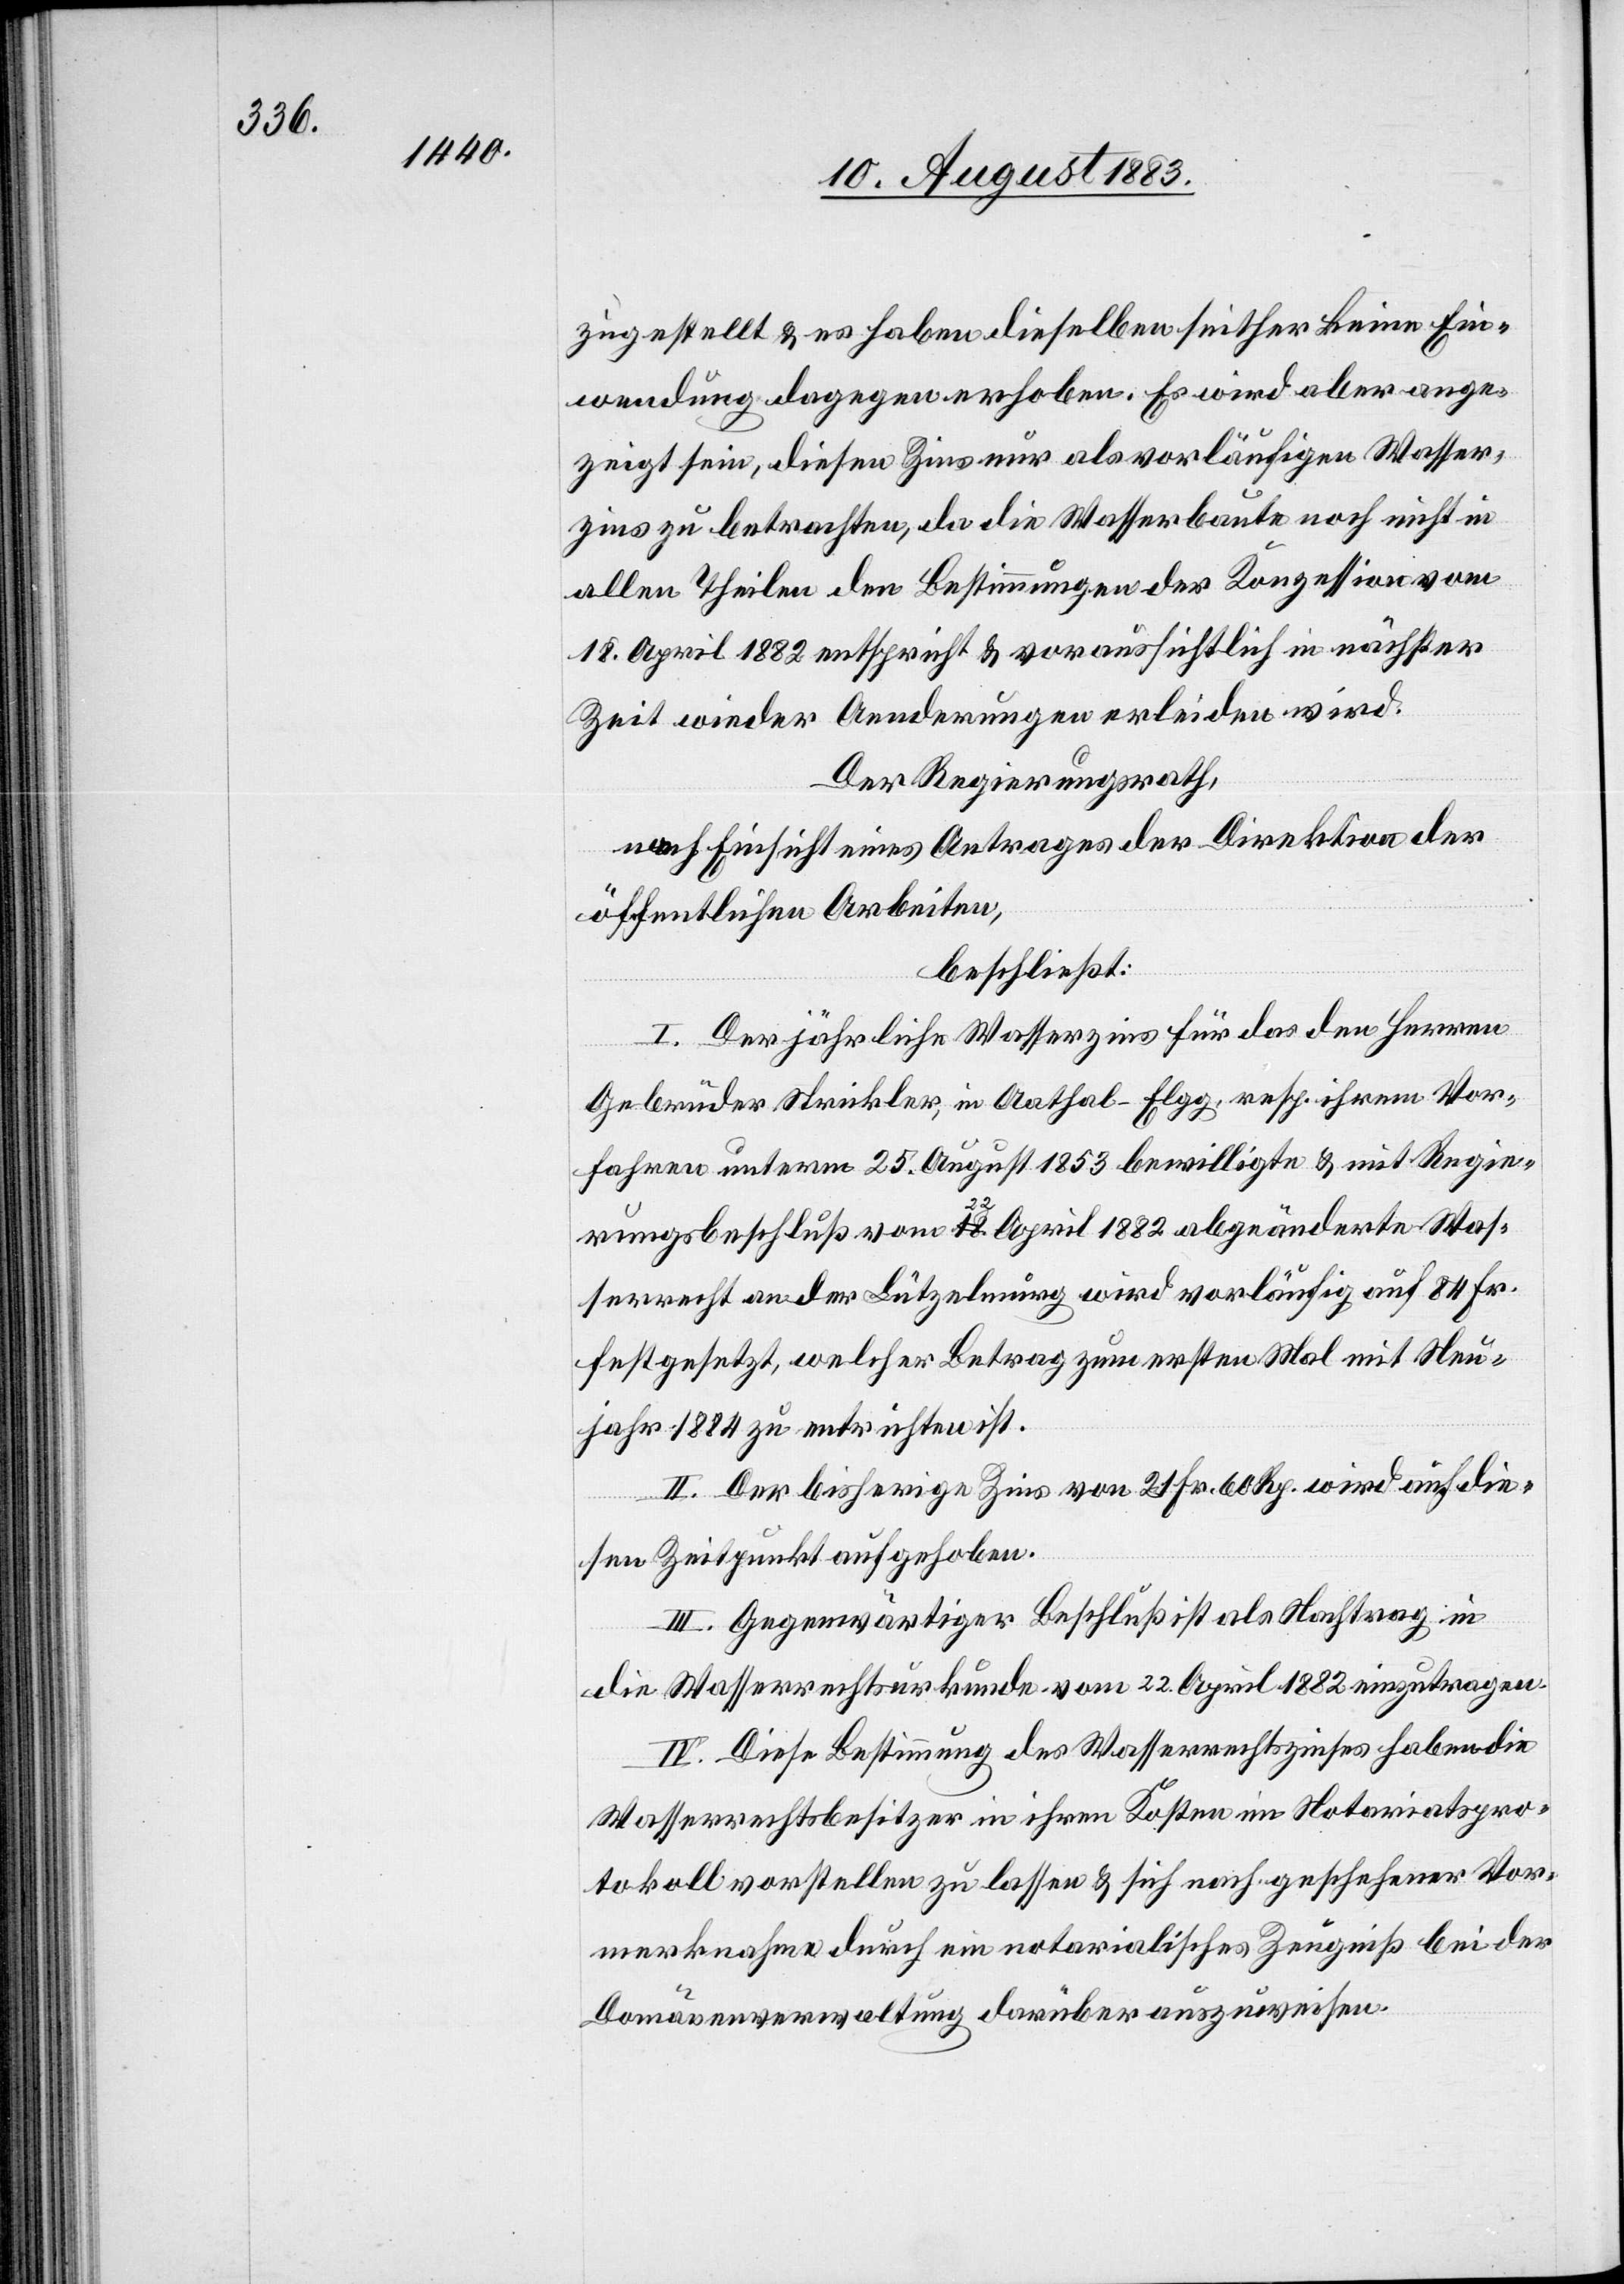
zugestellt & es haben dieselben seither keine Ein¬
wendung dagegen erhoben. Es wird aber ange¬
zeigt sein, diesen Zins nur als vorläufigen Wasser¬
zins zu betrachten, da die Wasserbaute noch nicht in
allen Theilen den Bestimmungen der Konzession vom
18. April 1882 entspricht & voraussichtlich in nächster
Zeit wieder Aenderungen erleiden wird.
Der Regierungsrath,
nach Einsicht eines Antrages der Direktion der
öffentlichen Arbeiten,
beschließt:
I. Der jährliche Wasserzins für das den Herren
Gebrüder Strickler in Aathal - Elgg, resp. ihrem Vor¬
fahren unterm 25. August 1853 bewilligte & mit Regie¬
rungsbeschluß vom 22. April 1882 abgeänderte Was¬
serrecht an der Lützelmurg wird vorläufig auf 84 Fr.
festgesetzt, welcher Betrag zum ersten Mal mit Neu¬
jahr 1884 zu entrichten ist.
II. Der bisherige Zins von 21 Fr. 60 Rp. wird auf die¬
sen Zeitpunkt aufgehoben.
III. Gegenwärtiger Beschluß ist als Nachtrag in
die Wasserrechtsurkunde vom 22. April 1882 einzutragen.
IV. Diese Bestimmung des Wasserrechtszinses haben die
Wasserrechtsbesitzer in ihren Kosten im Notariatspro¬
tokoll vorstellen zu lassen & sich nach geschehener Vor¬
merknahme durch ein notarialisches Zeugniß bei der
Domänenverwaltung darüber auszuweisen.